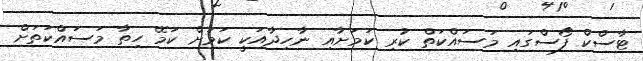
ޓާސްކް ފޯސްގައި މަސައްކަތް ކުރި ކަމަށާއި ނާހިދާއަކީ ކަމަށް ކަމޭ ހިތާ މަސައްކަތަށް